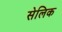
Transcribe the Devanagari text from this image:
सेलिक